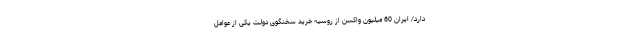
دارد/ ایران 60 میلیون واکسن از روسیه خرید سخنگوی دولت یکی از عوامل